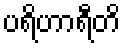
ပရိဟာရီတိ